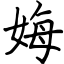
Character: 娒